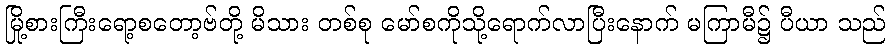
မြို့စားကြီးရော့စတော့ဗ်တို့ မိသား တစ်စု မော်စကိုသို့ရောက်လာပြီးနောက် မကြာမီ၌ ပီယာ သည်